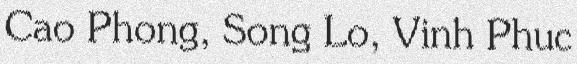
Cao Phong, Song Lo, Vinh Phuc